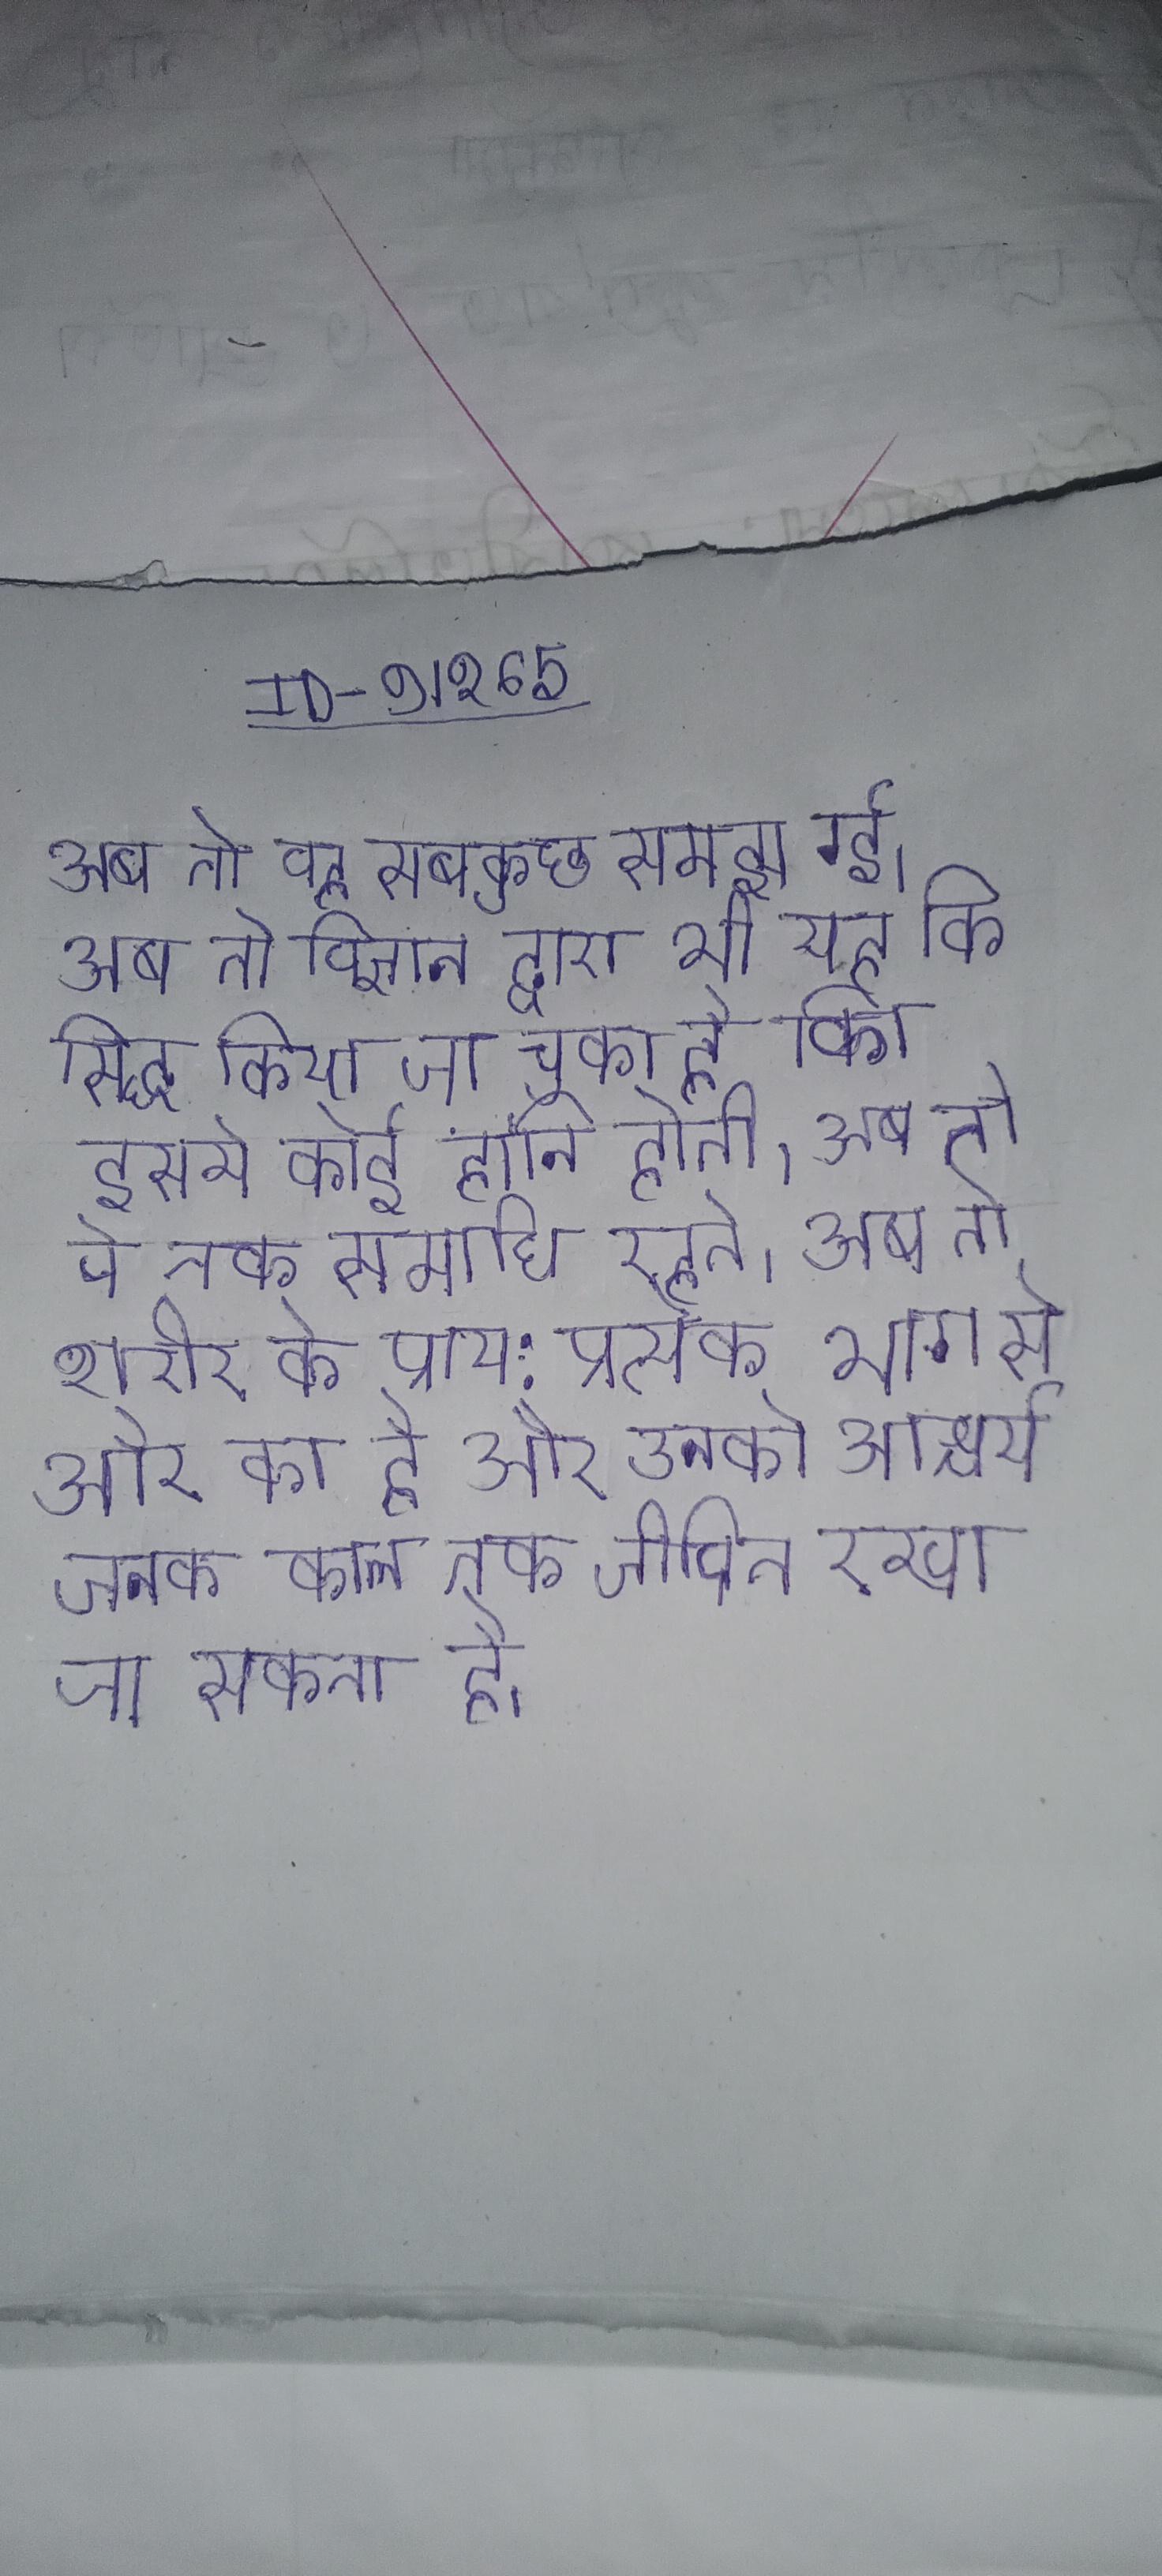
अब तो वह सबकुछ समझ गई । अब तो विज्ञान द्वारा भी यह सिद्ध किया जा चुका है कि इससे कोई हानि होती । अब तो वे तक समाधि रहते । अब तो शरीर के प्राय: प्रत्येक भाग से और का है और उनको आश्चर्यजनक काल तक जीवित रखा जा सकता है ।